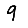
Digit: 9